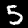
Label: 5